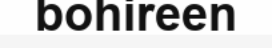
bohireen